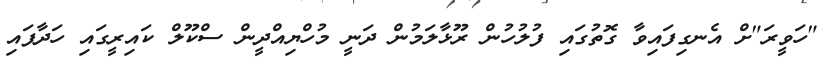
"ހަވީރަ"ށް އެނގިފައިވާ ގޮތުގައި ފުލުހުން ރޫޅާލަމުން ދަނީ މުހްޔިއްދީން ސްކޫލް ކައިރީގައި ހަދާފައި